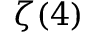
\zeta ( 4 )